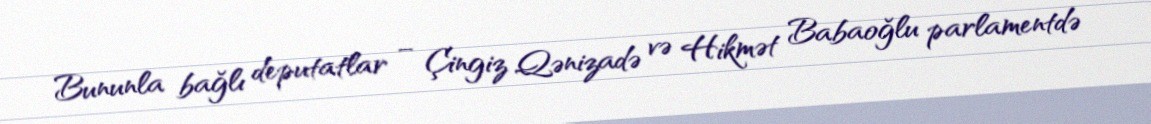
Bununla bağlı deputatlar – Çingiz Qənizadə və Hikmət Babaoğlu parlamentdə